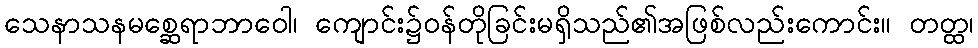
သေနာသနမစ္ဆေရာဘာဝေါ၊ ကျောင်း၌ဝန်တိုခြင်းမရှိသည်၏အဖြစ်လည်းကောင်း။ တတ္ထ၊